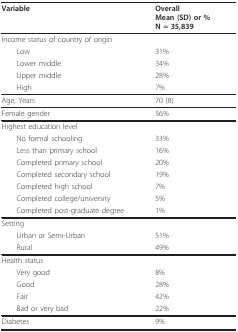
<table><thead><tr><td><b>Variable</b></td><td><b>OverallMean (SD) or %N = 35,839</b></td></tr></thead><tbody><tr><td>Income status of country of origin</td><td></td></tr><tr><td> Low</td><td>31%</td></tr><tr><td> Lower middle</td><td>34%</td></tr><tr><td> Upper middle</td><td>28%</td></tr><tr><td> High</td><td>7%</td></tr><tr><td>Age, Years</td><td>70 (8)</td></tr><tr><td>Female gender</td><td>56%</td></tr><tr><td>Highest education level</td><td></td></tr><tr><td> No formal schooling</td><td>33%</td></tr><tr><td> Less than primary school</td><td>16%</td></tr><tr><td> Completed primary school</td><td>20%</td></tr><tr><td> Completed secondary school</td><td>19%</td></tr><tr><td> Completed high school</td><td>7%</td></tr><tr><td> Completed college/university</td><td>5%</td></tr><tr><td> Completed post-graduate degree</td><td>1%</td></tr><tr><td>Setting</td><td></td></tr><tr><td> Urban or Semi-Urban</td><td>51%</td></tr><tr><td> Rural</td><td>49%</td></tr><tr><td>Health status</td><td></td></tr><tr><td> Very good</td><td>8%</td></tr><tr><td> Good</td><td>28%</td></tr><tr><td> Fair</td><td>42%</td></tr><tr><td> Bad or very bad</td><td>22%</td></tr><tr><td>Diabetes</td><td>9%</td></tr></tbody></table>